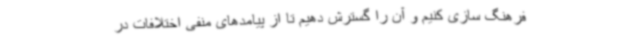
فرهنگ سازی کنیم و آن را گسترش دهیم تا از پیامدهای منفی اختلافات در